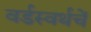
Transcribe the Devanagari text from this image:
वर्डस्वर्थचें